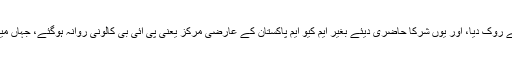
کشیدگی کے پیش نظر پولیس و رینجرز نے ریلی کو اللہ والی چورنگی پر یادگار شہداء جانے سے روک دیا، اور یوں شرکا حاضری دیئے بغیر ایم کیو ایم پاکستان کے عارضی مرکز یعنی پی آئی بی کالونی روانہ ہوگئے، جہاں میئر کراچی کا پرتپاک استقبال کیا گیا، پھولوں کی پتیاں نچھاور کی گئیں اور مٹھائی تقسیم کی گئی۔